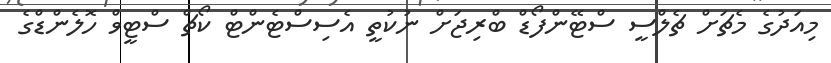
މިއަދުގެ މެޗަށް ޗެލްސީ ސްޓޭންފޯޑް ބްރިޖަށް ނުކުތީ އެސިސްޓެންޓް ކޯޗް ސްޓީވް ހޮލެންޑްގެ